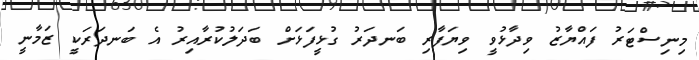
މިނިސްޓަރު ފައްޔާޒު ވިދާޅުވީ ވިޔަފާރި ބަނދަރު ގުޅީފަޅަށް ބަދަލުކުރާއިރު އެ ބަނދަރަކީ ޒަމާނީ